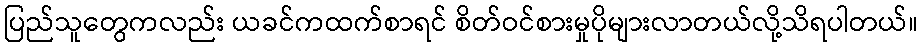
ပြည်သူတွေကလည်း ယခင်ကထက်စာရင် စိတ်ဝင်စားမှုပိုများလာတယ်လို့သိရပါတယ်။